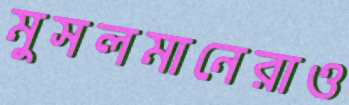
মুসলমানেরাও